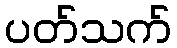
ပတ်သက်